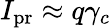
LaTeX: I_{\mathrm{pr}}\approx q\gamma_{c}